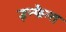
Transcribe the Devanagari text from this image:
इन्फैन्त